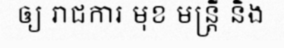
ឲ្យ រាជការ មុខ មន្ត្រី និង